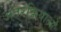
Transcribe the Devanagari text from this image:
अंतरक्रियाओं